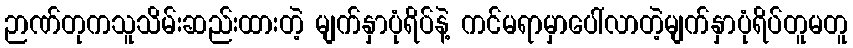
ဉာဏ်တုကသူသိမ်းဆည်းထားတဲ့ မျက်နှာပုံရိပ်နဲ့ ကင်မရာမှာပေါ်လာတဲ့မျက်နှာပုံရိပ်တူမတူ